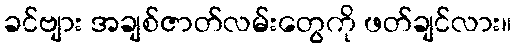
ခင်ဗျား အချစ်ဇာတ်လမ်းတွေကို ဖတ်ချင်လား။